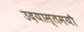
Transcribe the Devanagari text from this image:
उदयास्तमयौ